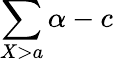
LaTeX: \sum\limits_{X>a}\alpha-c